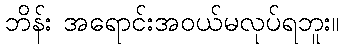
ဘိန်း အရောင်းအဝယ်မလုပ်ရဘူး။